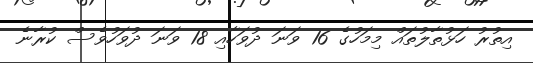
އިތުރު ހަޅުތާލުތައް މިމަހުގެ 16 ވަނަ ދުވަހާއި 18 ވަނަ ދުވަހުވެސް ކުރާނެ